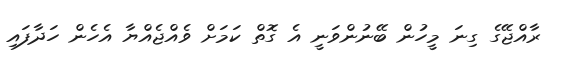
ރާއްޖޭގެ ގިނަ މީހުން ބޭނުންވަނީ އެ ގޮތް ކަމަށް ވެއްޖެއްޔާ އެހެން ހަދާފައި